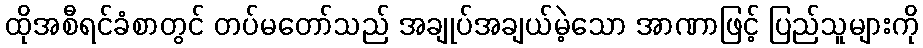
ထိုအစီရင်ခံစာတွင် တပ်မတော်သည် အချုပ်အချယ်မဲ့သော အာဏာဖြင့် ပြည်သူများကို